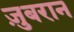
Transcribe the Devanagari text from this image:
ज़ुबरान